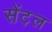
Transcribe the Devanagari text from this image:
सेंट़ल